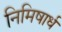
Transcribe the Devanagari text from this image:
निमिषार्ध